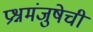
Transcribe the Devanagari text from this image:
प्रश्नमंजुषेची